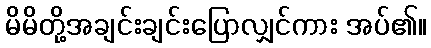
မိမိတို့အချင်းချင်းပြောလျှင်ကား အပ်၏။